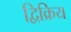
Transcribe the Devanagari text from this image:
द्विक्रिय